Annual administration report of the Civil Veterinary Department of India - 1907-1908
Year: 1907
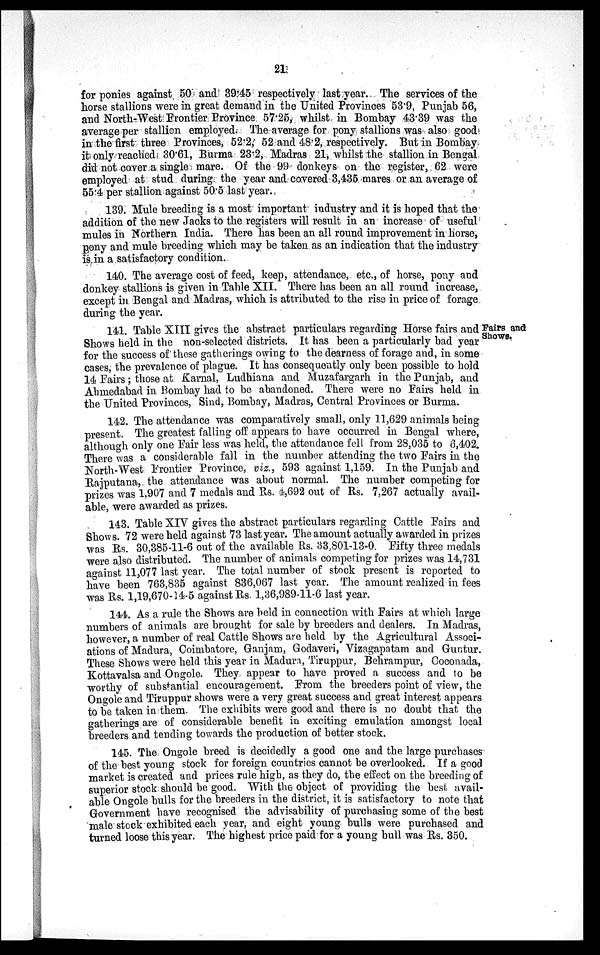
21
for ponies against 50 and 39.45 respectively last year. The services of the
horse stallions were in great demand in the United Provinces 53.9, Punjab 56,
and North-West Frontier Province 57.25, whilst in Bombay 43.39 was the
average per stallion employed. The average for pony stallions was also good
in the first three Provinces, 52.2, 52 and 48.2, respectively. But in Bombay
it only reached 30.61, Burma 23.2, Madras 21, whilst the stallion in Bengal
did not cover a single mare. Of the 99 donkeys on the register, 62 were
employed at stud during the year and covered 3,435 mares or an average of
55.4 per stallion against 50.5 last year.
139. Mule breeding is a most important industry and it is hoped that the
addition of the new Jacks to the registers will result in an increase of useful
mules in Northern India. There has been an all round improvement in horse,
pony and mule breeding which may be taken as an indication that the industry
is in a satisfactory condition.
140. The average cost of feed, keep, attendance, etc., of horse, pony and
donkey stallions is given in Table XII. There has been an all round increase,
except in Bengal and Madras, which is attributed to the rise in price of forage
during the year.
Fairs and
Shows.
141. Table XIII gives the abstract particulars regarding Horse fairs and
Shows held in the non-selected districts. It has been a particularly bad year
for the success of these gatherings owing to the dearness of forage and, in some
cases, the prevalence of plague. It has consequently only been possible to hold
14 Fairs; those at Karnal, Ludhiana and Muzafargarh in the Punjab, and
Ahmedabad in Bombay had to be abandoned. There were no Fairs held in
the United Provinces, Sind, Bombay, Madras, Central Provinces or Burma.
142. The attendance was comparatively small, only 11,629 animals being
present. The greatest falling off appears to have occurred in Bengal where,
although only one Fair less was held, the attendance fell from 28,035 to 6,402.
There was a considerable fall in the number attending the two Fairs in the
North-West Frontier Province, viz., 593 against 1,159. In the Punjab and
Rajputana, the attendance was about normal. The number competing for
prizes was 1,907 and 7 medals and Rs. 4,692 out of Rs. 7,267 actually avail-
able, were awarded as prizes.
143. Table XIV gives the abstract particulars regarding Cattle Fairs and
Shows. 72 were held against 73 last year. The amount actually awarded in prizes
was Rs. 30,385-11-6 out of the available Rs. 33,801-13-0 Fifty three medals
were also distributed. The number of animals competing for prizes was 14,731
against 11,077 last year. The total number of stock present is reported to
have been 763,835 against 836,067 last year. The amount realized in fees
was Rs. 1,19,670-14-5 against Rs. 1,36,989-11-6 last year.
144. As a rule the Shows are held in connection with Fairs at which large
numbers of animals are brought for sale by breeders and dealers. In Madras,
however, a number of real Cattle Shows are held by the Agricultural Associ-
ations of Madura, Coimbatore, Ganjam, Godaveri, Vizagapatam and Guntur.
These Shows were held this year in Madura, Tiruppur, Behrampur, Coconada,
Kottavalsa and Ongole. They appear to have proved a success and to be
worthy of substantial encouragement. From the breeders point of view, the
Ongole and Tiruppur shows were a very great success and great interest appears
to be taken in them. The exhibits were good and there is no doubt that the
gatherings are of considerable benefit in exciting emulation amongst local
breeders and tending towards the production of better stock.
145. The Ongole breed is decidedly a good one and the large purchases
of the best young stock for foreign countries cannot be overlooked. If a good
market is created and prices rule high, as they do, the effect on the breeding of
superior stock should be good. With the object of providing the best avail-
able Ongole bulls for the breeders in the district, it is satisfactory to note that
Government have recognised the advisability of purchasing some of the best
male stock exhibited each year, and eight young bulls were purchased and
turned loose this year. The highest price paid for a young bull was Rs. 350.